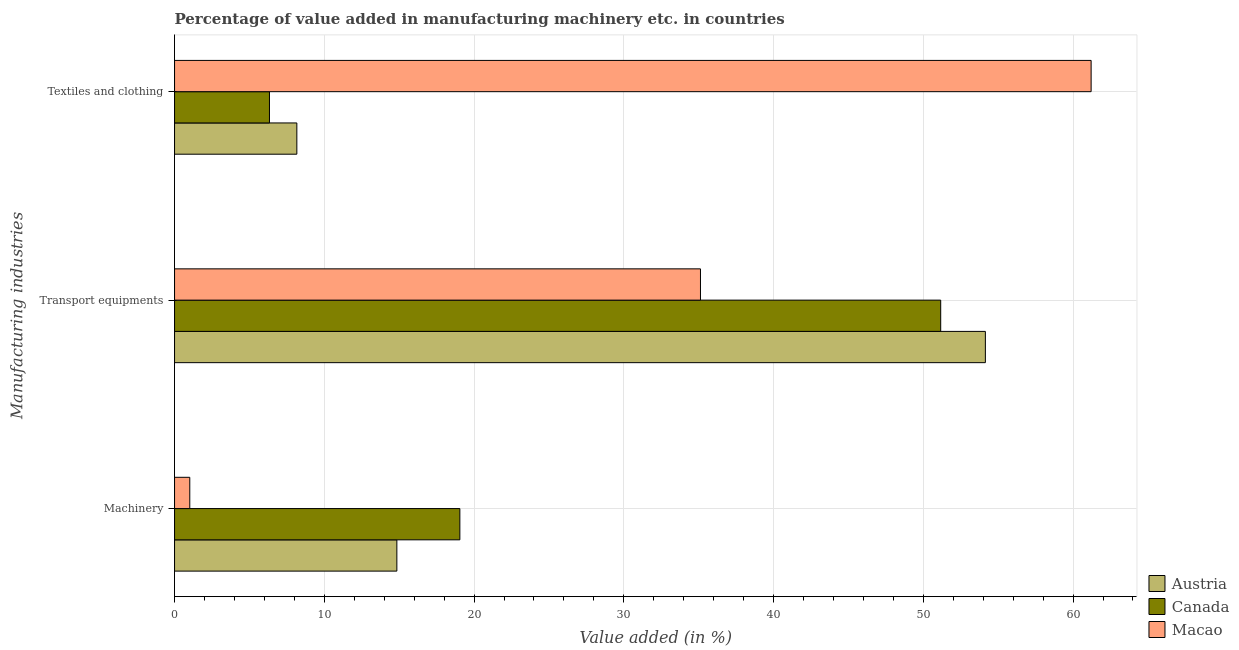
| Manufacturing industries | Austria | Canada | Macao |
 | --- | --- | --- | --- |
 | Machinery | 14.8 | 19.1 | 1.02 |
 | Transport equipments | 54.1 | 51.2 | 35.1 |
 | Textiles and clothing | 8.17 | 6.34 | 61.2 |